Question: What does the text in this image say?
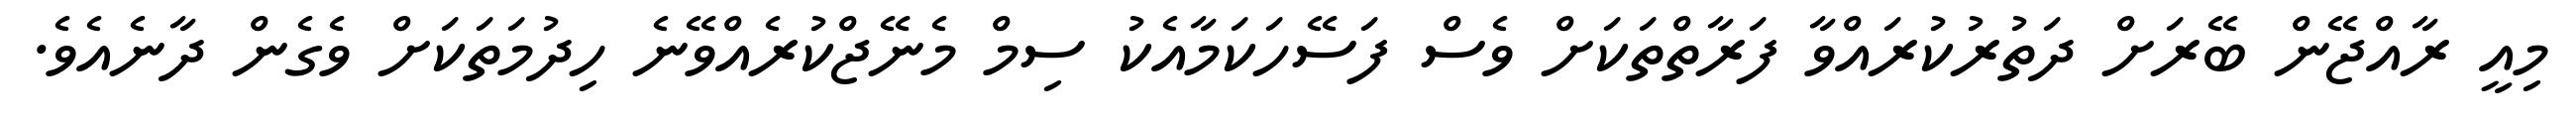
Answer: މިއީ ރާއްޖޭން ބޭރަށް ދަތުރުކުރައްވާ ފަރާތްތަކަށް ވެސް ފަސޭހަކަމާއެކު ސިމް މެނޭޖްކުރެއްވޭނެ ހިދުމަތަކަށް ވެގެން ދާނެއެވެ.